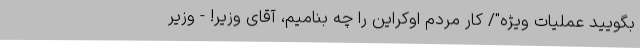
بگویید عملیات ویژه"/ کار مردم اوکراین را چه بنامیم، آقای وزیر! - وزیر